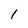
Character: l